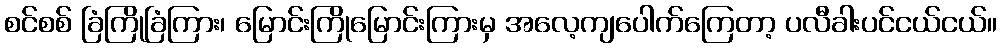
စင်စစ် ခြံကြိုခြံကြား၊ မြောင်းကြိုမြောင်းကြားမှ အလေ့ကျပေါက်ကြေတာ့ ပလီခါးပင်ငယ်ငယ်။